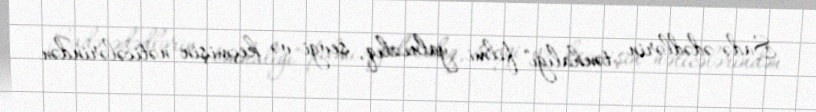
Sadə ədədlərin tənhalığı" filmi yalnızlıq, sevgi və keçmişin nəticələrindən